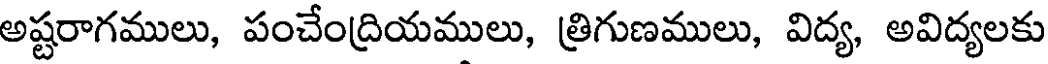
అష్టరాగములు, పంచేంద్రియములు, త్రిగుణములు, విద్య, అవిద్యలకు